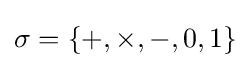
\sigma =\{+,\times ,-,0,1\}